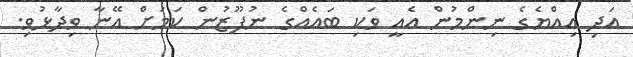
އަދި އިއްޔެގެ ނިންމުން އެއީ ވަކި ބައެއްގެ ނުފޫޒުން ކަމަށް އޭނާ ވިިދާޅުވި.